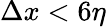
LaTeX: \Delta x<6\eta